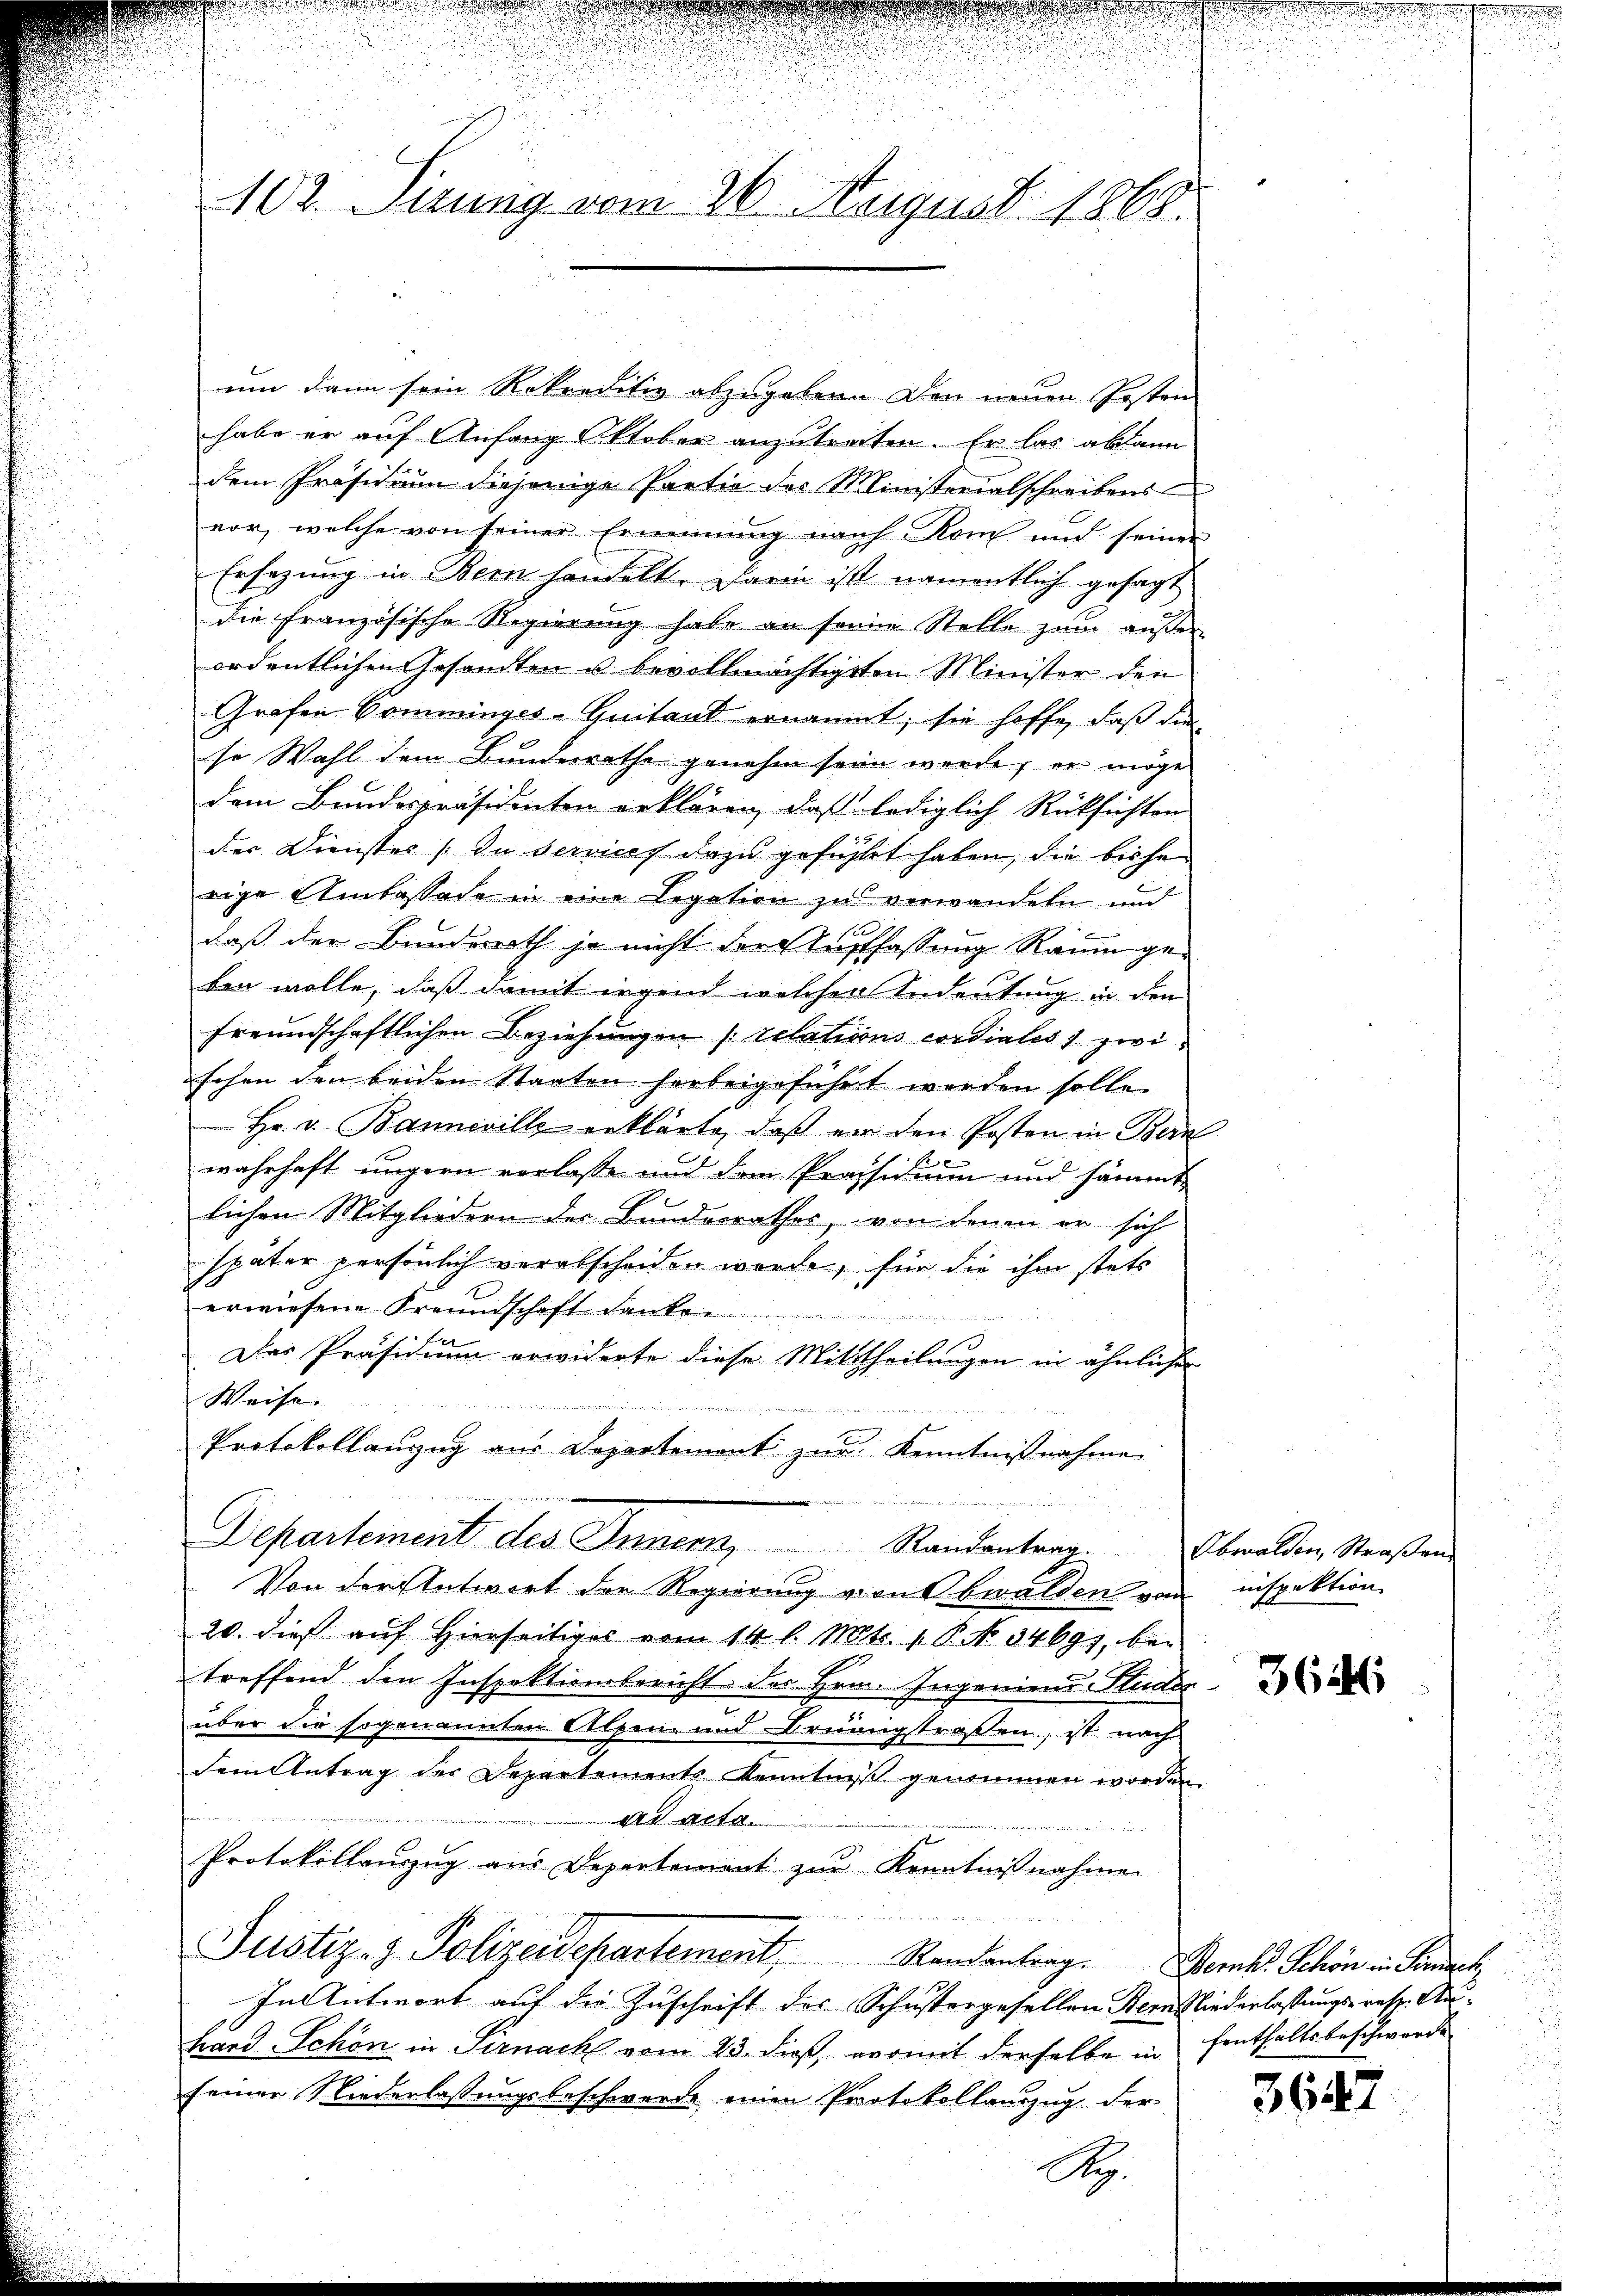
u
d
102. Sirung vom 26. August 1868.

um dann sein Rekreditiv abzugebene Den neuen Posten
habe er auf Anfang Oktober anzutreiten. Er las ablann
dem Präsidium diejenige Partie des Ministerialschreibens
vor, welche von seiner Ernennung nach Rom und seiner
Ersezung in Bern handelt. Darin ist namentlich gesagt
die französische Regierung habe an seine Stelle zum außer
ordentlichen Gesandten u. bevollmächtigten Minister den
Grafen Comminges-Quitand ernannt, sie hoffe, daß die
se Wahl dem Bundesrathe genehm sein werde, er möge
dem Bundespräsidenten erklären, daß lediglich Rücksichten
der Dienstes In services dazu gefühlet haben, die bishe
rige Umbassade in eine Legation zu verwandeln und
daß der Bundesrath ja nicht der Auffassung Raum geben wolle, daß damit irgend welchen Andeutung in den
freundschaftlichen Beziehungen relations cordiales zwischen den beiden Staaten herbeigeführt werden solle.
 Hr. v. Banneville erklärte, daß vor den Posten in Bern
wahrhaft ungern vorlasse und dem Präsidium und sämmt-
lichen Mitgliedern des Bundesrathes, von denen er sich
später persönlich verabscheiden werde, für die ihm stets
erwiesene Freundschaft danke ..................
Der Präsidium erwiderte diese Mittheilungen in ähnlicher
Weise. |
Protokollanzug aus Departement zur Kenntnißnahme
Departement des Innern Randantrag. Obwalden, Straßen
Von der Antwort der Regierung von Obwalden von
20. dies auf Hierseitiges vom 14. l. Mts. 1 P. No. 34691, bei
treffend den Inspektionsbericht des Hrn. Ingeniend Studer
über die sogenannten Alpen- und Brunngstraßen, ist nach
dem Antrag der Departements kenntniß genommen worden.
kammen
Al aite
Protokollauszug aus Departement zur Kenntnißnahmen
Justiz- & Polizeidepartement,
Randantrag. Bernk. Schön in Sonach
In Antwort auf die Zuschrift des Schustergesellen Bern Niederlassungs- resp. Auhard Schön in Sirnach vom 23. dieß, womit derselbe in senthaltsbeschwerde
seiner Niederlassungsbeschwerde einen Protokollauszug der

S.

nispektion

u

364

3647

.